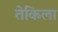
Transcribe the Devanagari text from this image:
तेकिला